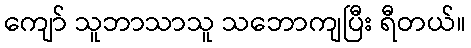
ကျော် သူဘာသာသူ သဘောကျပြီး ရီတယ်။